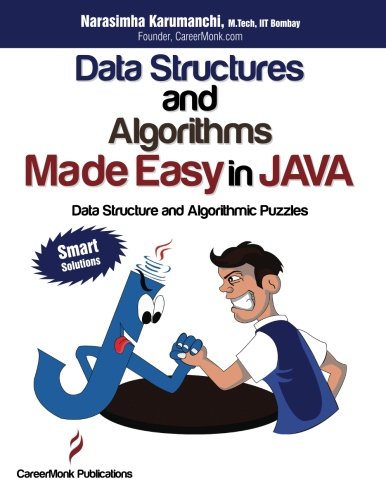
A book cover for Data Structures and Algorithms Made Easy in Java: Data Structure and Algorithmic Puzzles, Second Edition; Narasimha Karumanchi; Computers & Technology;